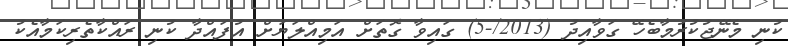
ކުނި މެނޭޖުކުރުމާބެހޭ ގަވާއިދު (2013/-5) ގައިވާ ގޮތަށް އަމިއްލަޔަށް އުފައްދާ ކުނި ރައްކާތެރިކަމާއެކު